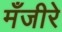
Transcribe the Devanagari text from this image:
मँजीरे